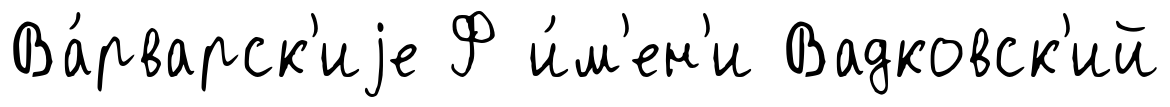
Ва́рварск'иjе Ф и́м'ен'и Вадковск'ий